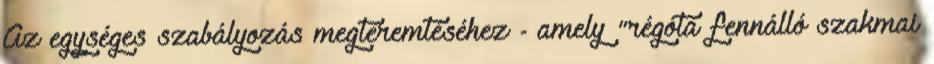
Az egységes szabályozás megteremtéséhez - amely "régóta fennálló szakmai